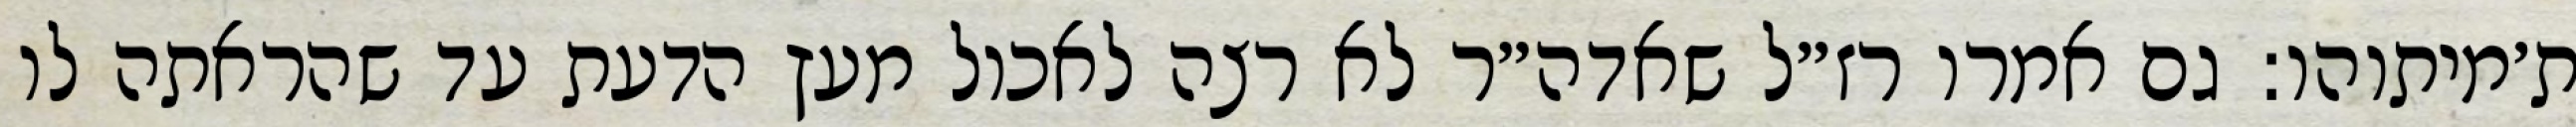
ת׳מיתוהו: גם אמרו רז״ל שאדה״ר לא רצה לאכול מעץ הדעת עד שהראתה לו